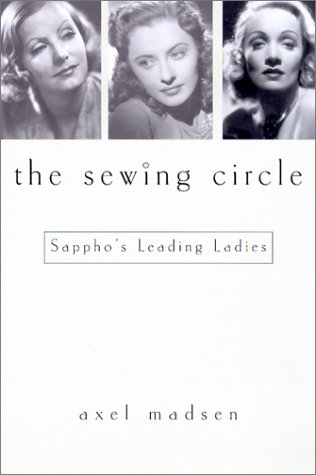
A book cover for The Sewing Circle: Sappho's Leading Ladies; Axel Madsen; Gay & Lesbian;